Cholera in southern India
Disease focus: Cholera
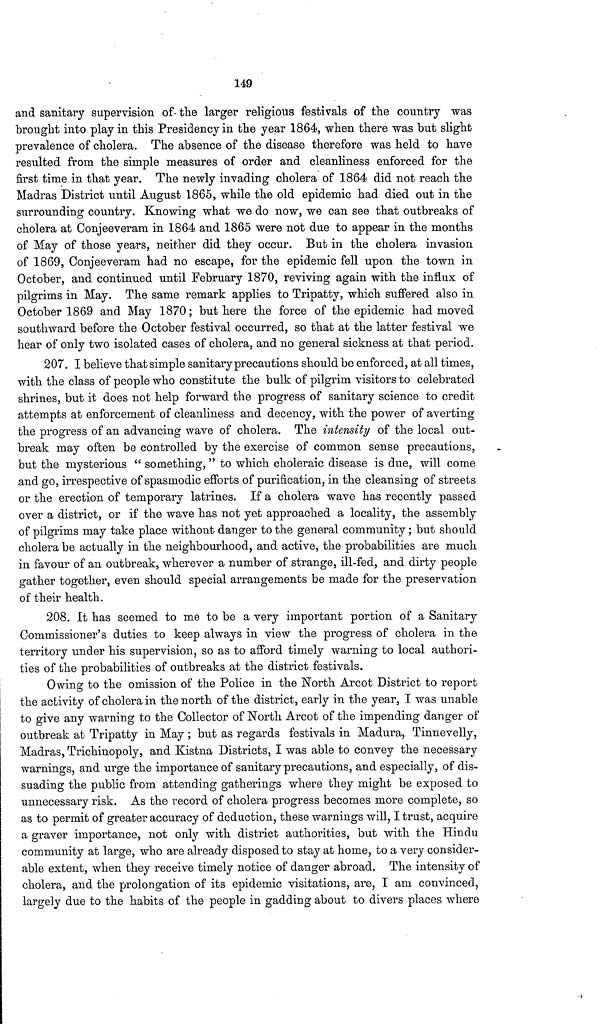
149
and sanitary supervision of the larger religious festivals of the country was
brought into play in this Presidency in the year 1864, when there was but slight
prevalence of cholera. The absence of the disease therefore was held to have
resulted from the simple measures of order and cleanliness enforced for the
first time in that year. The newly invading cholera of 1864 did not reach the
Madras District until August 1865, while the old epidemic had died out in the
surrounding country. Knowing what we do now, we can see that outbreaks of
cholera at Conjeeveram in 1864 and 1865 were not due to appear in the months
of May of those years, neither did they occur. But in the cholera invasion
of 1869, Conjeeveram had no escape, for the epidemic fell upon the town in
October, and continued until February 1870, reviving again with the influx of
pilgrims in May. The same remark applies to Tripatty, which suffered also in
October 1869 and May 1870 ; but here the force of the epidemic had moved
southward before the October festival occurred, so that at the latter festival we
hear of only two isolated cases of cholera, and no general sickness at that period.
207. I believe that simple sanitary precautions should be enforced, at all times,
with the class of people who constitute the bulk of pilgrim visitors to celebrated
shrines, but it does not help forward the progress of sanitary science to credit
attempts at enforcement of cleanliness and decency, with the power of averting
the progress of an advancing wave of cholera. The intensity of the local out-
break may often be controlled by the exercise of common sense precautions,
but the mysterious " something, " to which choleraic disease is due, will come
and go, irrespective of spasmodic efforts of purification, in the cleansing of streets
or the erection of temporary latrines. If a cholera wave has recently passed
over a district, or if the wave has not yet approached a locality, the assembly
of pilgrims may take place without danger to the general community ; but should
cholera be actually in the neighbourhood, and active, the probabilities are much
in favour of an outbreak, wherever a number of strange, ill-fed, and dirty people
gather together, even should special arrangements be made for the preservation
of their health.
208. It has seemed to me to be a very important portion of a Sanitary
Commissioner's duties to keep always in view the progress of cholera in the
territory under his supervision, so as to afford timely warning to local authori-
ties of the probabilities of outbreaks at the district festivals.
Owing to the omission of the Police in the North Arcot District to report
the activity of cholera in the north of the district, early in the year, I was unable
to give any warning to the Collector of North Arcot of the impending danger of
outbreak at Tripatty in May ; but as regards festivals in Madura, Tinnevelly,
Madras, Trichinopoly, and Kistna Districts, I was able to convey the necessary
warnings, and urge the importance of sanitary precautions, and especially, of dis-
suading the public from attending gatherings where they might be exposed to
unnecessary risk. As the record of cholera progress becomes more complete, so
as to permit of greater accuracy of deduction, these warnings will, I trust, acquire
a graver importance, not only with district authorities, but with the Hindu
community at large, who are already disposed to stay at home, to a very consider-
able extent, when they receive timely notice of danger abroad. The intensity of
cholera, and the prolongation of its epidemic visitations, are, I am convinced,
largely due to the habits of the people in gadding about to divers places where